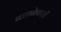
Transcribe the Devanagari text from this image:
नशानेबाज़ी